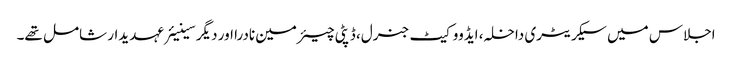
اجلاس میں سیکریٹری داخلہ، ایڈووکیٹ جنرل، ڈپٹی چیئرمین نادرا اور دیگر سینیئرعہدیدار شامل تھے۔